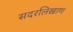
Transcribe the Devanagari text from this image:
सदरलिखाण